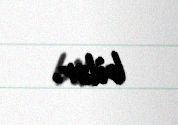
bilər.